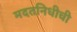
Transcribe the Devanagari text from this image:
मदतनिधीची